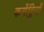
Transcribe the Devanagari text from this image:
कमेंट्रियाँ